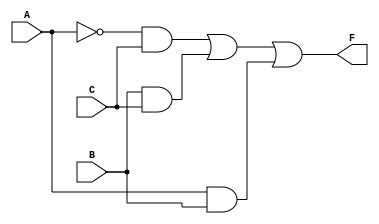
module combinational_logic_block (
    input wire A,  // Input A
    input wire B,  // Input B
    input wire C,  // Input C
    output wire F  // Output F
);

// The implementation of the essential prime implicants
// F(A, B, C) = ABC + AB'C + A'BC + A'B'C
// Simplified to: F = A'C + BC + AB

wire term1; // A'C
wire term2; // BC
wire term3; // AB

// Implementing the essential prime implicants
assign term1 = (~A & C);      // A'C
assign term2 = (B & C);       // BC
assign term3 = (A & B);       // AB

// Final output combining the terms
assign F = term1 | term2 | term3; // F = A'C + BC + AB

endmodule